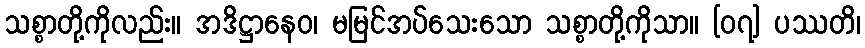
သစ္စာတို့ကိုလည်း။ အဒိဋ္ဌာနေဝ၊ မမြင်အပ်သေးသော သစ္စာတို့ကိုသာ။ [၀၇] ပဿတိ၊